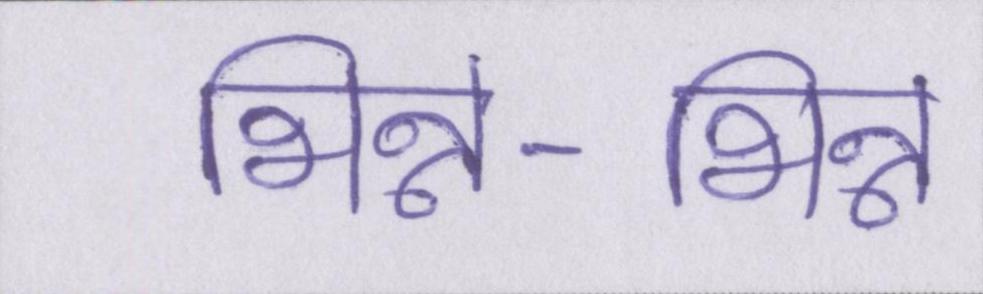
भिन्न-भिन्न